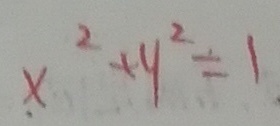
x ^ { 2 } + y ^ { 2 } = 1